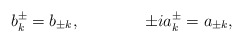
\begin{align*}b_k^{\pm}=b_{\pm k}, \qquad\qquad \pm ia_k^{\pm}=a_{\pm k},\end{align*}